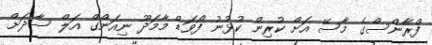
ފްރާންސްގެ މާސޭ އަށް ކުރިން ކުޅުނު ފޯވަޑް މާމަދޫ ނިއަންގް އަލް ސާދަށް